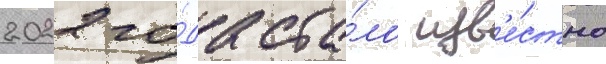
2022 го́да ста́ло изв'е́стно